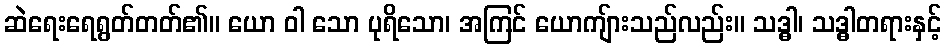
ဆဲရေးရေရွတ်တတ်၏။ ယော ဝါ သော ပုရိသော၊ အကြင် ယောကျ်ားသည်လည်း။ သဒ္ဓါ၊ သဒ္ဓါတရားနှင့်